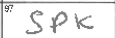
Transcription: SPK